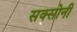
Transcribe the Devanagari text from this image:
सक्सोनी